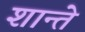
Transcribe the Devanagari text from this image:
शान्ते